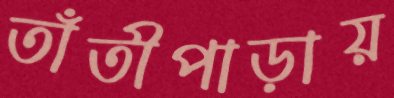
তাঁতীপাড়ায়